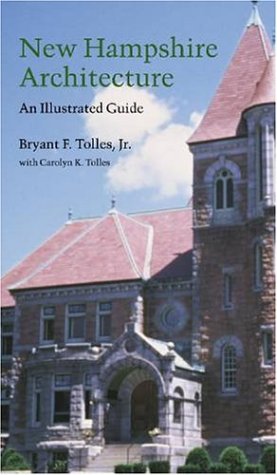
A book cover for New Hampshire Architecture: An Illustrated Guide; Bryant F. Tolles Jr.; Travel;